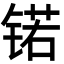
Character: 锘